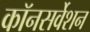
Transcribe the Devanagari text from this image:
कॉनसर्वेशन